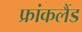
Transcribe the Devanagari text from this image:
फ्रांकलैंड